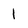
Character: 1